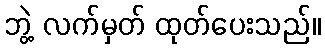
ဘွဲ့ လက်မှတ် ထုတ်ပေးသည်။